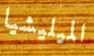
الميليشيا